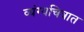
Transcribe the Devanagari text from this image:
व्यंग्यचित्रात